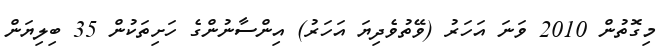
މިގޮތުން 2010 ވަނަ އަހަރު (ވޭތުވެދިޔަ އަހަރު) އިންސާނުންގެ ހަށިތަކުން 35 ބިލިޔަން